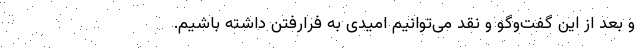
و بعد از این گفت‌وگو و نقد می‌توانیم امیدی به فرارفتن داشته باشیم.